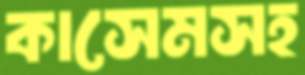
কাসেমসহ